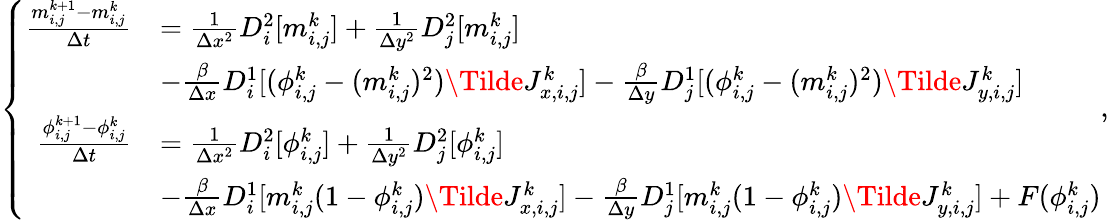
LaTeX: \left\lbrace\begin{array}{rl}{\frac{m_{i,j}^{k+1}-m_{i,j}^{k}}{\Delta t}}&{=\frac{1}{\Delta x^{2}}D_{i}^{2}[m_{i,j}^{k}]+\frac{1}{\Delta y^{2}}D_{j}^{2}[m_{i,j}^{k}]}\\ &{-\frac{\beta}{\Delta x}D_{i}^{1}[(\phi_{i,j}^{k}-(m_{i,j}^{k})^{2})\Tilde{J}_{x,i,j}^{k}]-\frac{\beta}{\Delta y}D_{j}^{1}[(\phi_{i,j}^{k}-(m_{i,j}^{k})^{2})\Tilde{J}_{y,i,j}^{k}]}\\ {\frac{\phi_{i,j}^{k+1}-\phi_{i,j}^{k}}{\Delta t}}&{=\frac{1}{\Delta x^{2}}D_{i}^{2}[\phi_{i,j}^{k}]+\frac{1}{\Delta y^{2}}D_{j}^{2}[\phi_{i,j}^{k}]}\\ &{-\frac{\beta}{\Delta x}D_{i}^{1}[m_{i,j}^{k}(1-\phi_{i,j}^{k})\Tilde{J}_{x,i,j}^{k}]-\frac{\beta}{\Delta y}D_{j}^{1}[m_{i,j}^{k}(1-\phi_{i,j}^{k})\Tilde{J}_{y,i,j}^{k}]+F(\phi_{i,j}^{k})}\end{array}\right.,